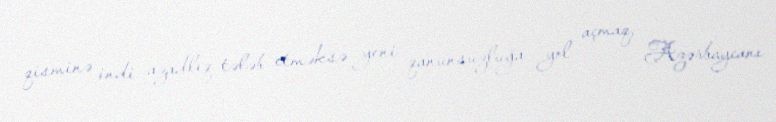
qisminə indi azadlıq tələb etməksə yeni qanunsuzluğa yol açmaq, Azərbaycanı